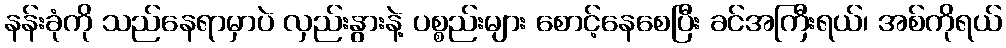
နန်းခုံကို သည်နေရာမှာပဲ လှည်းနွားနဲ့ ပစ္စည်းများ စောင့်နေစေပြီး ခင်အကြီးရယ်၊ အစ်ကိုရယ်